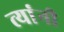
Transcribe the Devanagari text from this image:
त्‍यांंनी